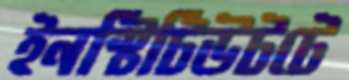
ইনস্টিটিউটটে